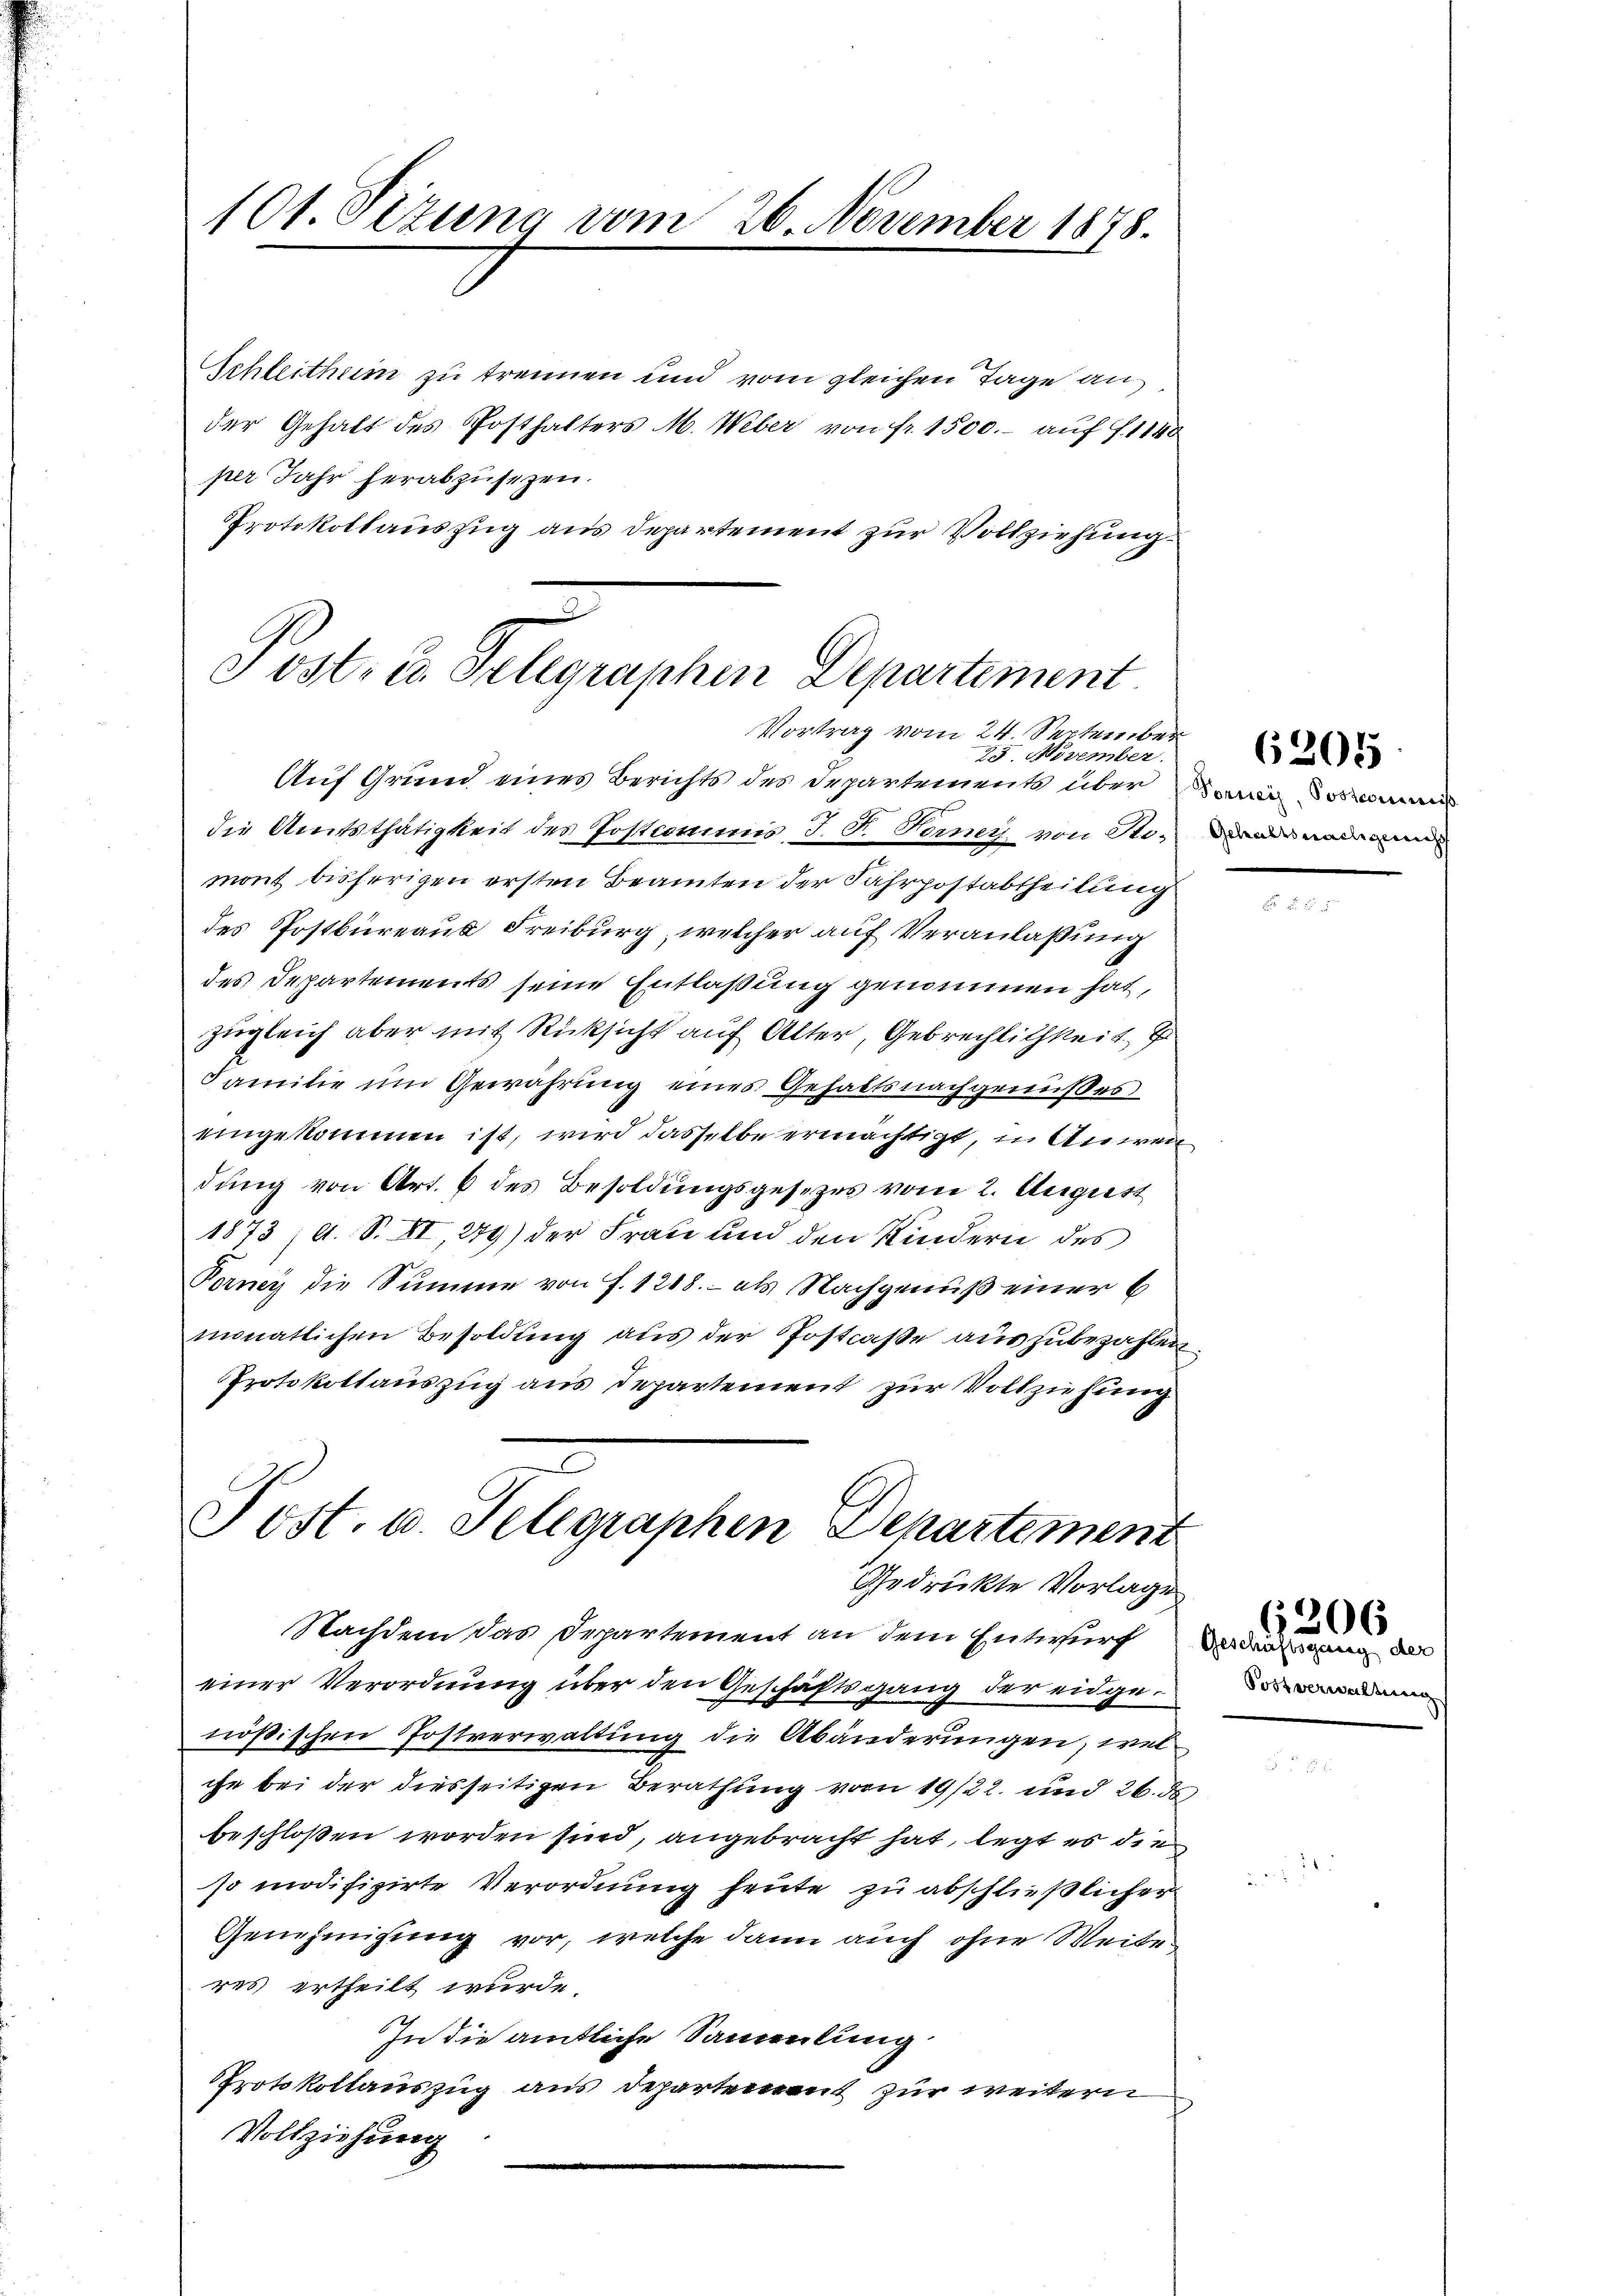
10t. Ottung vom 26. November 1848.

Schleithum zu trennen und vom gleichen Tage an
der Gehalt des Posthalters M. Weber von fr. 1500.- auf 71140
per Jahr herabzusetzen.
Protokollauszug aus Departement zur Vollziehung

ost- u. Telegraphen Departement
Vortrag vom 24. September
25. November
Auf Grund eines Berichts des Departements über mir dos

Gedrückte Vorlage

die Amtsthätigkeit des Postcommis J. J. Ferner von Sto, waren
mont bisherigen ersten Beamten der Fahrpostabtheilung
des Postbureaus Freiburg, welcher auf Veranlaßung
des Departements seine Entlaßung genommen hat,
zugleich aber mit Rücksicht auf Alter, Gebrechlichkeit. E
Familie um Gewährung eines Gehaltsnachgenußes
eingekommen ist, wird dasselbe ermächtigt, in Anwen
dung von Art. 6 des Besoldungsgesezes vom 2. August
1873 /A. S. XI, 279) der Frau und den Kindern des
Forney die Summe von f. 1218.- als Nachgenuß einer b
monatlichen Besoldung aus der Postraße auszubezahlen
Protokollauszug aus Departement zur Vollziehung
Post. u. Telegraphen Departement

Nachdem das Departement an dem Entwurf den an der
einer Verordnung über den Geschäftsgang der eidgenößischen Postverwaltung die Abänderungen, wel
che bei der diesseitigen Berathung vom 19/22. und 26. ds
beschloßen worden sind, angebracht hat, legt es die
so modifizirte Verordnung heute zu abschließlicher
Genehmigung vor, welche dann auch ohne Weibe
res ertheilt wurde.
In die amtliche Sammlung
Protokollauszug aus Departement zur weitern
Vollziehung

6205

Postverwaltung

6306